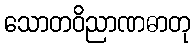
သောတဝိညာဏဓာတု